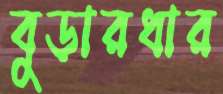
বুড়ারধার